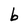
Character: b